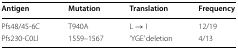
<table><thead><tr><td><b>Antigen</b></td><td><b>Mutation</b></td><td><b>Translation</b></td><td><b>Frequency</b></td></tr></thead><tbody><tr><td>Pfs48/45-6C</td><td>T940A</td><td>L → I</td><td>12/19</td></tr><tr><td>Pfs230-C0Ll</td><td>1559–1567</td><td>‘YGE’ deletion</td><td>4/13</td></tr></tbody></table>